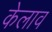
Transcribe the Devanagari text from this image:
केलाव